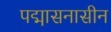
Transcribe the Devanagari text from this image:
पद्मासनासीन